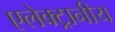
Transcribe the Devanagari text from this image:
एलेक्ट्रानीय